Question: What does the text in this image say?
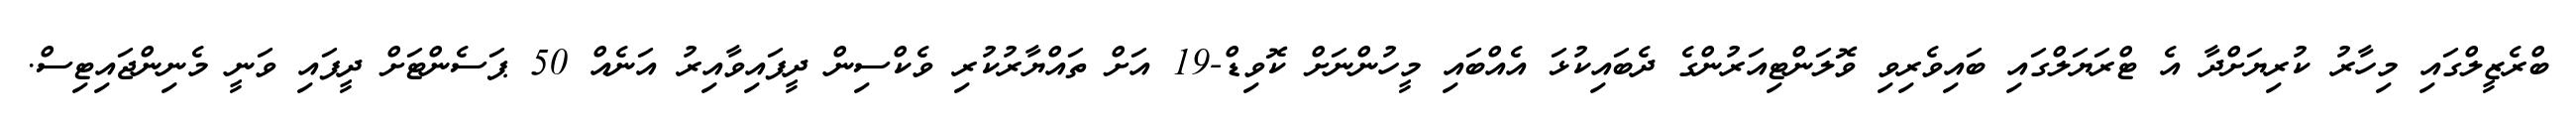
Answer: ބްރެޒީލްގައި މިހާރު ކުރިޔަށްދާ އެ ޓްރަޔަލްގައި ބައިވެރިވި ވޮލަންޓިއަރުންގެ ދެބައިކުޅަ އެއްބައި މީހުންނަށް ކޮވިޑް-19 އަށް ތައްޔާރުކުރި ވެކްސިން ދީފައިވާއިރު އަނެއް 50 ޕަސެންޓަށް ދީފައި ވަނީ މެނިންޖައިޓިސް.